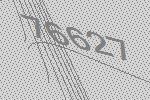
76627